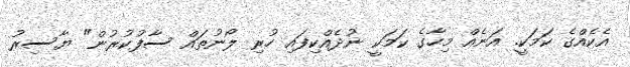
އެކެއްގެ ކަމަކީ. އަނެއް މިހާގެ ކަމަކީ ނުދެއްކިފައި ހުރި ލޯނުތައް ސާފުކުރުން" ޔާސިރު